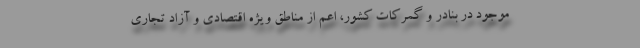
موجود در بنادر و گمرکات کشور، اعم از مناطق ویژه اقتصادی و آزاد تجاری